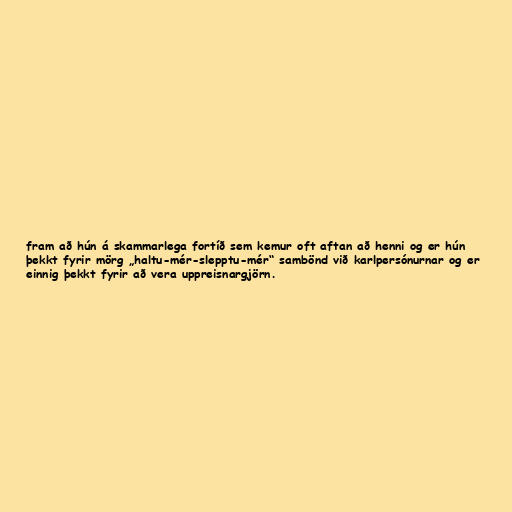
fram að hún á skammarlega fortíð sem kemur oft aftan að henni og er hún
þekkt fyrir mörg „haltu-mér-slepptu-mér“ sambönd við karlpersónurnar og er
einnig þekkt fyrir að vera uppreisnargjörn.